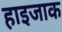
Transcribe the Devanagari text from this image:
हाइजाक